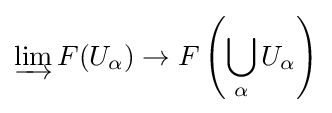
\varinjlim F(U_{\alpha })\to F\left(\bigcup _{\alpha }U_{\alpha }\right)